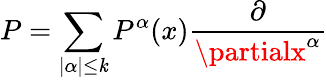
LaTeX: P=\sum_{|\alpha|\leq\mathit{k}}P^{\alpha}(x){\frac{{\partial}}{{\partialx^{\alpha}}}}